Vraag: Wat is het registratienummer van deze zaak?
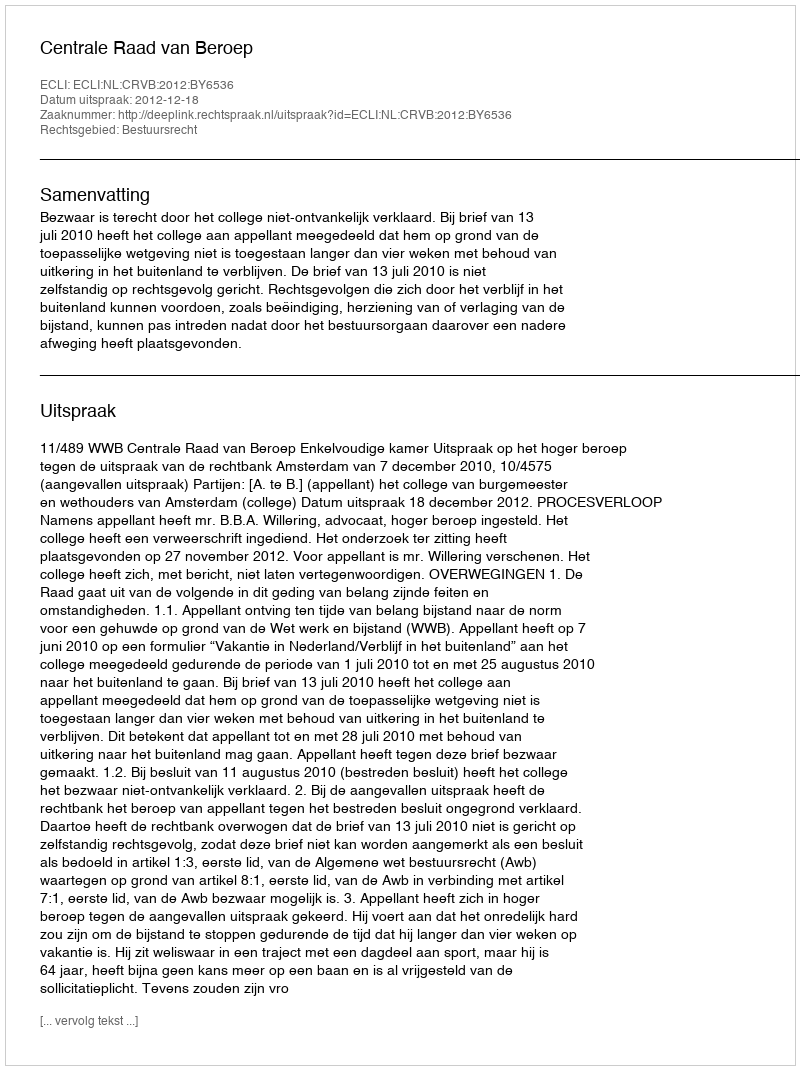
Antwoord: http://deeplink.rechtspraak.nl/uitspraak?id=ECLI:NL:CRVB:2012:BY6536